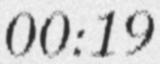
00:19